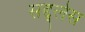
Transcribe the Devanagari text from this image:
सद्द्लेस